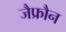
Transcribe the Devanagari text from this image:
जैफ्रौन